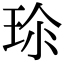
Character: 𤤽